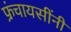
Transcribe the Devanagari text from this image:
फ्रंचायसींनी